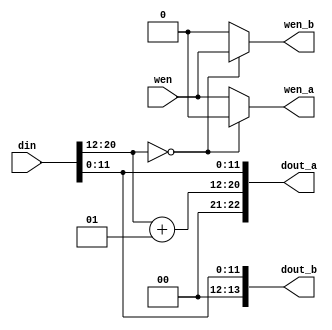

//////////////////////////////////////////////////////////////////////////////////
// PathDecoder2Way.v
//
// The combinational logic or the forward north / forward south modules.
//
// For forward north:
//  - ADD should be set to -1
//  - dout_a goes to north out
//  - dout_b goes to local
//
// For forward south:
//  - ADD should be set to 1
//  - dout_a goes to south out
//  - dout_b goes to local
//////////////////////////////////////////////////////////////////////////////////


module PathDecoder2Way#(
    parameter DATA_WIDTH = 23,
    parameter DY_MSB = 20,
    parameter DY_LSB = 12,
    parameter ADD = 1
)(
    input [DATA_WIDTH-1:0] din,
    input wen,
    output [DATA_WIDTH-1:0] dout_a,
    output wen_a,
    output [DATA_WIDTH-1-(DY_MSB-(DY_LSB-1)):0] dout_b,
    output wen_b
);

    wire signed [DY_MSB:DY_LSB] dy;
    assign dy = din[DY_MSB:DY_LSB];
    
    wire [DY_MSB:DY_LSB] dy_plus_add;
    assign dy_plus_add = dy + ADD;
    
//    assign dout_a = DATA_WIDTH-1 == DY_MSB ? {dy_plus_add, din[DY_LSB-1:0]} : {din[DATA_WIDTH-1:DY_MSB+1], dy_plus_add, din[DY_LSB-1:0]};
    assign dout_a = {dy_plus_add, din[DY_LSB-1:0]};
    assign wen_a = dy == 0 ? 0 : wen;
    
//    assign dout_b = DATA_WIDTH-1 == DY_MSB ? din[DY_LSB-1:0] : {din[DATA_WIDTH-1:DY_MSB+1], din[DY_LSB-1:0]};
    assign dout_b = din[DY_LSB-1:0];
    assign wen_b = dy == 0 ? wen : 0;

endmodule